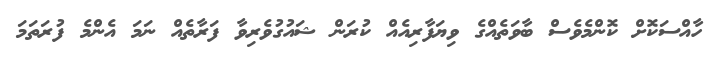
ހާއްސަކޮށް ކޮންމެވެސް ބާވަތެއްގެ ވިޔަފާރިއެއް ކުރަން ޝައުގުވެރިވާ ފަރާތެއް ނަމަ އެންމެ ފުރަތަމަ